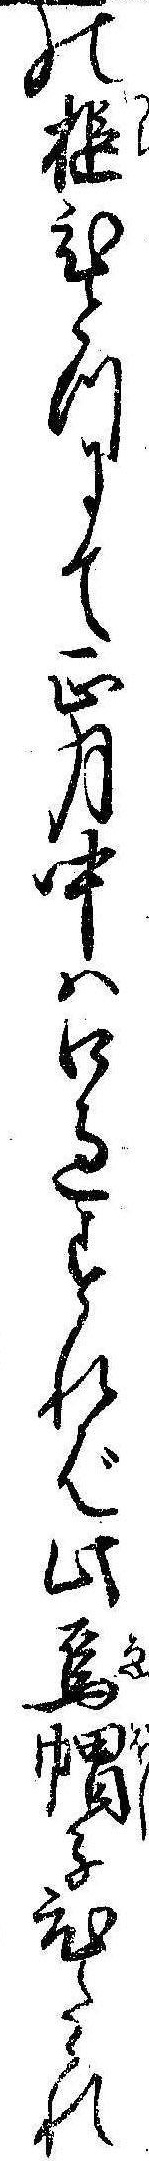
の槌ひとつにて正月中は口過すれば此烏帽子ひたゝれ